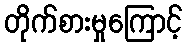
တိုက်စားမှုကြောင့်